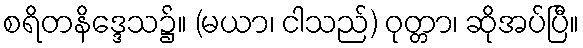
စရိတနိဒ္ဒေသ၌။ (မယာ၊ ငါသည်) ဝုတ္တာ၊ ဆိုအပ်ပြီ။